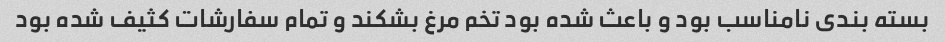
بسته بندی نامناسب بود و باعث شده بود تخم مرغ بشکند و تمام سفارشات کثیف شده بود